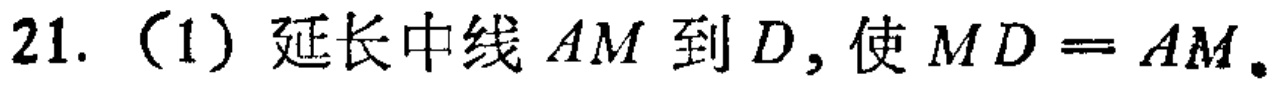
21.（1）延长中线 \(AM\) 到 \(D\)，使 \(MD = AM\)。